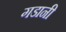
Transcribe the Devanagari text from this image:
गडानी